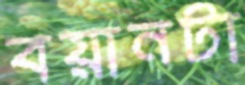
বয়ানটা